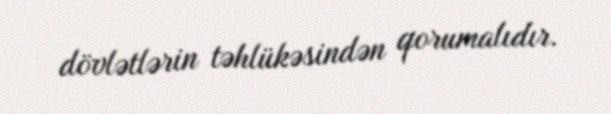
dövlətlərin təhlükəsindən qorumalıdır.